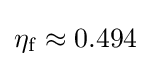
\eta _{\mathrm {f} }\approx 0.494